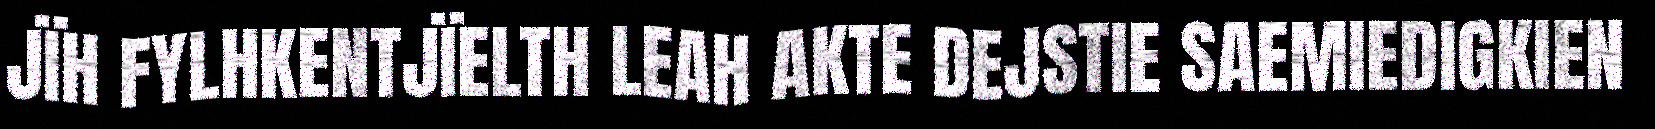
JÏH FYLHKENTJÏELTH LEAH AKTE DEJSTIE SAEMIEDIGKIEN